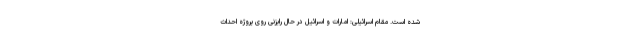
شده است. مقام اسرائیلی: امارات و اسرائیل در حال رایزنی روی پروژه احداث